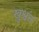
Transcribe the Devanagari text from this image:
खुश्वंत